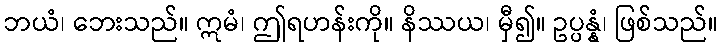
ဘယံ၊ ဘေးသည်။ ဣမံ၊ ဤရဟန်းကို။ နိဿယ၊ မှီ၍။ ဥပ္ပန္နံ၊ ဖြစ်သည်။